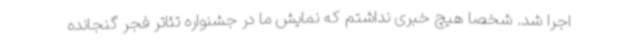
اجرا شد. شخصا هیچ خبری نداشتم که نمایش ما در جشنواره تئاتر فجر گنجانده